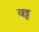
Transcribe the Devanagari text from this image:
वढ्ढ